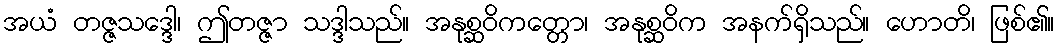
အယံ တဇ္ဇသဒ္ဒေါ၊ ဤတဇ္ဇာ သဒ္ဒါသည်။ အနုစ္ဆဝိကတ္တော၊ အနုစ္ဆဝိက အနက်ရှိသည်။ ဟောတိ၊ ဖြစ်၏။